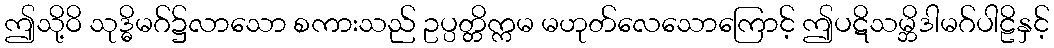
ဤသို့ဝိ သုဒ္ဓိမဂ်၌လာသော စကားသည် ဥပ္ပတ္တိက္ကမ မဟုတ်လေသောကြောင့် ဤပဋိသမ္ဘိဒါမဂ်ပါဠိနှင့်